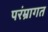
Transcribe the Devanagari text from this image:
परंम्रागत